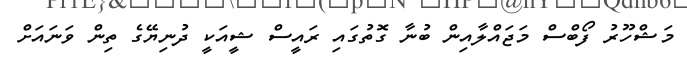
މަޝްހޫރު ފޯބްސް މަޖައްލާއިން ބުނާ ގޮތުގައި ރައީސް ޝީއަކީ ދުނިޔޭގެ ތިން ވަނައަށް